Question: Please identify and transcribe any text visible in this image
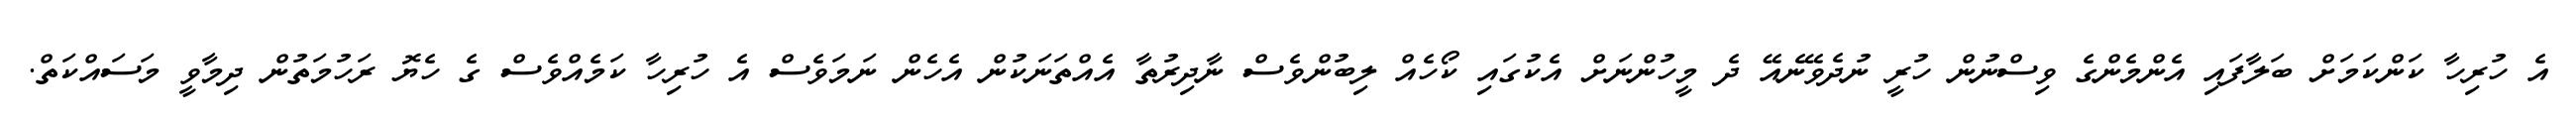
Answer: އެ ހުރިހާ ކަންކަމަށް ބަލާފައި އެންމެންގެ ވިސްނުން ހުރީ ނުދެވޭނެއޭ ދެ މީހުންނަށް އެކުގައި ކޯހެއް ލިބުންވެސް ނާދިރުތާ އެއްތަނަކުން އެހެން ނަމަވެސް އެ ހުރިހާ ކަމެއްވެސް ގެ ހެޔޮ ރަހުމަތުން ދިމާވީ މަސައްކަތް.